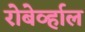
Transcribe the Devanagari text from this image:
रोबेर्व्हाल